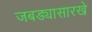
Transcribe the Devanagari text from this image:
जबड्यासारखे